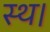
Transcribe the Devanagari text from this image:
स्थ।